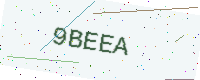
Text: 9BEEA